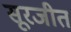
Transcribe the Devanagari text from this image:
सूरजीत